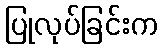
ပြုလုပ်ခြင်းက